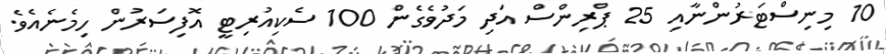
10 މިނިސްޓަރުންނާއި 25 ޕްރިންސް އަދި މަދުވެގެން 100 ސެކިއުރިޓީ އޮފިސަރުން ހިމެނެއެވެ.